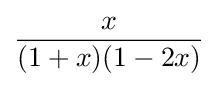
{\frac {x}{(1+x)(1-2x)}}